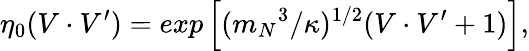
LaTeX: \eta_{0}(V\cdot V^{\prime})=exp\left[({m_{N}}^{3}/\kappa)^{1/2}(V\cdot V^{\prime}+1)\right],